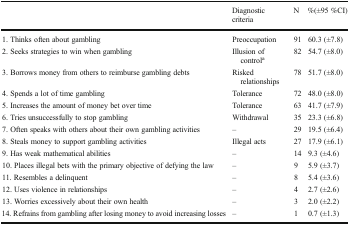
<table><thead><tr><td></td><td><b>Diagnostic criteria</b></td><td><b>N</b></td><td><b>%(±95 %CI)</b></td></tr></thead><tbody><tr><td>1. Thinks often about gambling</td><td>Preoccupation</td><td>91</td><td>60.3 (±7.8)</td></tr><tr><td>2. Seeks strategies to win when gambling</td><td>Illusion of control<sup>a</sup></td><td>82</td><td>54.7 (±8.0)</td></tr><tr><td>3. Borrows money from others to reimburse gambling debts</td><td>Risked relationships</td><td>78</td><td>51.7 (±8.0)</td></tr><tr><td>4. Spends a lot of time gambling</td><td>Tolerance</td><td>72</td><td>48.0 (±8.0)</td></tr><tr><td>5. Increases the amount of money bet over time</td><td>Tolerance</td><td>63</td><td>41.7 (±7.9)</td></tr><tr><td>6. Tries unsuccessfully to stop gambling</td><td>Withdrawal</td><td>35</td><td>23.3 (±6.8)</td></tr><tr><td>7. Often speaks with others about their own gambling activities</td><td>–</td><td>29</td><td>19.5 (±6.4)</td></tr><tr><td>8. Steals money to support gambling activities</td><td>Illegal acts</td><td>27</td><td>17.9 (±6.1)</td></tr><tr><td>9. Has weak mathematical abilities</td><td>–</td><td>14</td><td>9.3 (±4.6)</td></tr><tr><td>10. Places illegal bets with the primary objective of defying the law</td><td>–</td><td>9</td><td>5.9 (±3.7)</td></tr><tr><td>11. Resembles a delinquent</td><td>–</td><td>8</td><td>5.4 (±3.6)</td></tr><tr><td>12. Uses violence in relationships</td><td>–</td><td>4</td><td>2.7 (±2.6)</td></tr><tr><td>13. Worries excessively about their own health</td><td>–</td><td>3</td><td>2.0 (±2.2)</td></tr><tr><td>14. Refrains from gambling after losing money to avoid increasing losses</td><td>–</td><td>1</td><td>0.7 (±1.3)</td></tr></tbody></table>